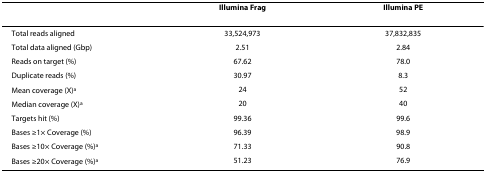
|  | Illumina Frag | Illumina PE |
 | --- | --- | --- |
 | Total reads aligned | 33,524,973 | 37,832,835 |
 | Total data aligned (Gbp) | 2.51 | 2.84 |
 | Reads on target (%) | 67.62 | 78.0 |
 | Duplicate reads (%) | 30.97 | 8.3 |
 | Mean coverage (X)a | 24 | 52 |
 | Median coverage (X)a | 20 | 40 |
 | Targets hit (%) | 99.36 | 99.6 |
 | Bases ≥1× Coverage (%) | 96.39 | 98.9 |
 | Bases ≥10× Coverage (%)a | 71.33 | 90.8 |
 | Bases ≥20× Coverage (%)a | 51.23 | 76.9 |